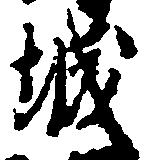
城